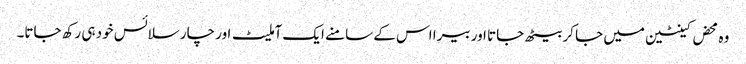
وہ محض کینٹین میں جا کر بیٹھ جاتا اور بیرا اس کے سامنے ایک آملیٹ اور چار سلائس خود ہی رکھ جاتا۔